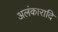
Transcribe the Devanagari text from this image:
अलंकारादि